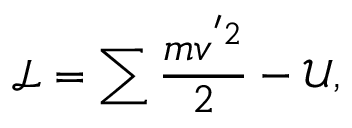
\mathcal { L } = \sum \frac { m v ^ { ' 2 } } { 2 } - \mathcal { U } ,